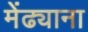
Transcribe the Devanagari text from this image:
मेंढ्याना